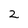
Character: 2